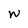
Character: W